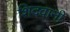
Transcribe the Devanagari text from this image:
शिदवानी